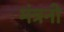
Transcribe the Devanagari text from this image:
मंत्रनो